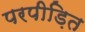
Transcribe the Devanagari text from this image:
परपीड़ित